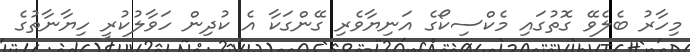
މިހާރު ބެލެވޭ ގޮތުގައި މެކްސިކޯގެ އަނިޔާވެރި ގޭންގަކާ އެ ކުދިން ހަވާލުކުރީ ހިޔާނާތުގެ